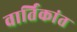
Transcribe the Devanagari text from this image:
वार्तिकांत